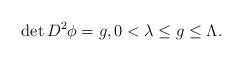
LaTeX: \begin{align*}\det D^2 \phi =g, 0 <\lambda \leq g \leq \Lambda .\end{align*}